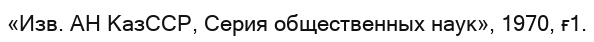
«Изв. АН КазССР, Серия общественных наук», 1970, ғ1.